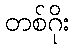
တစ်ဂိုး